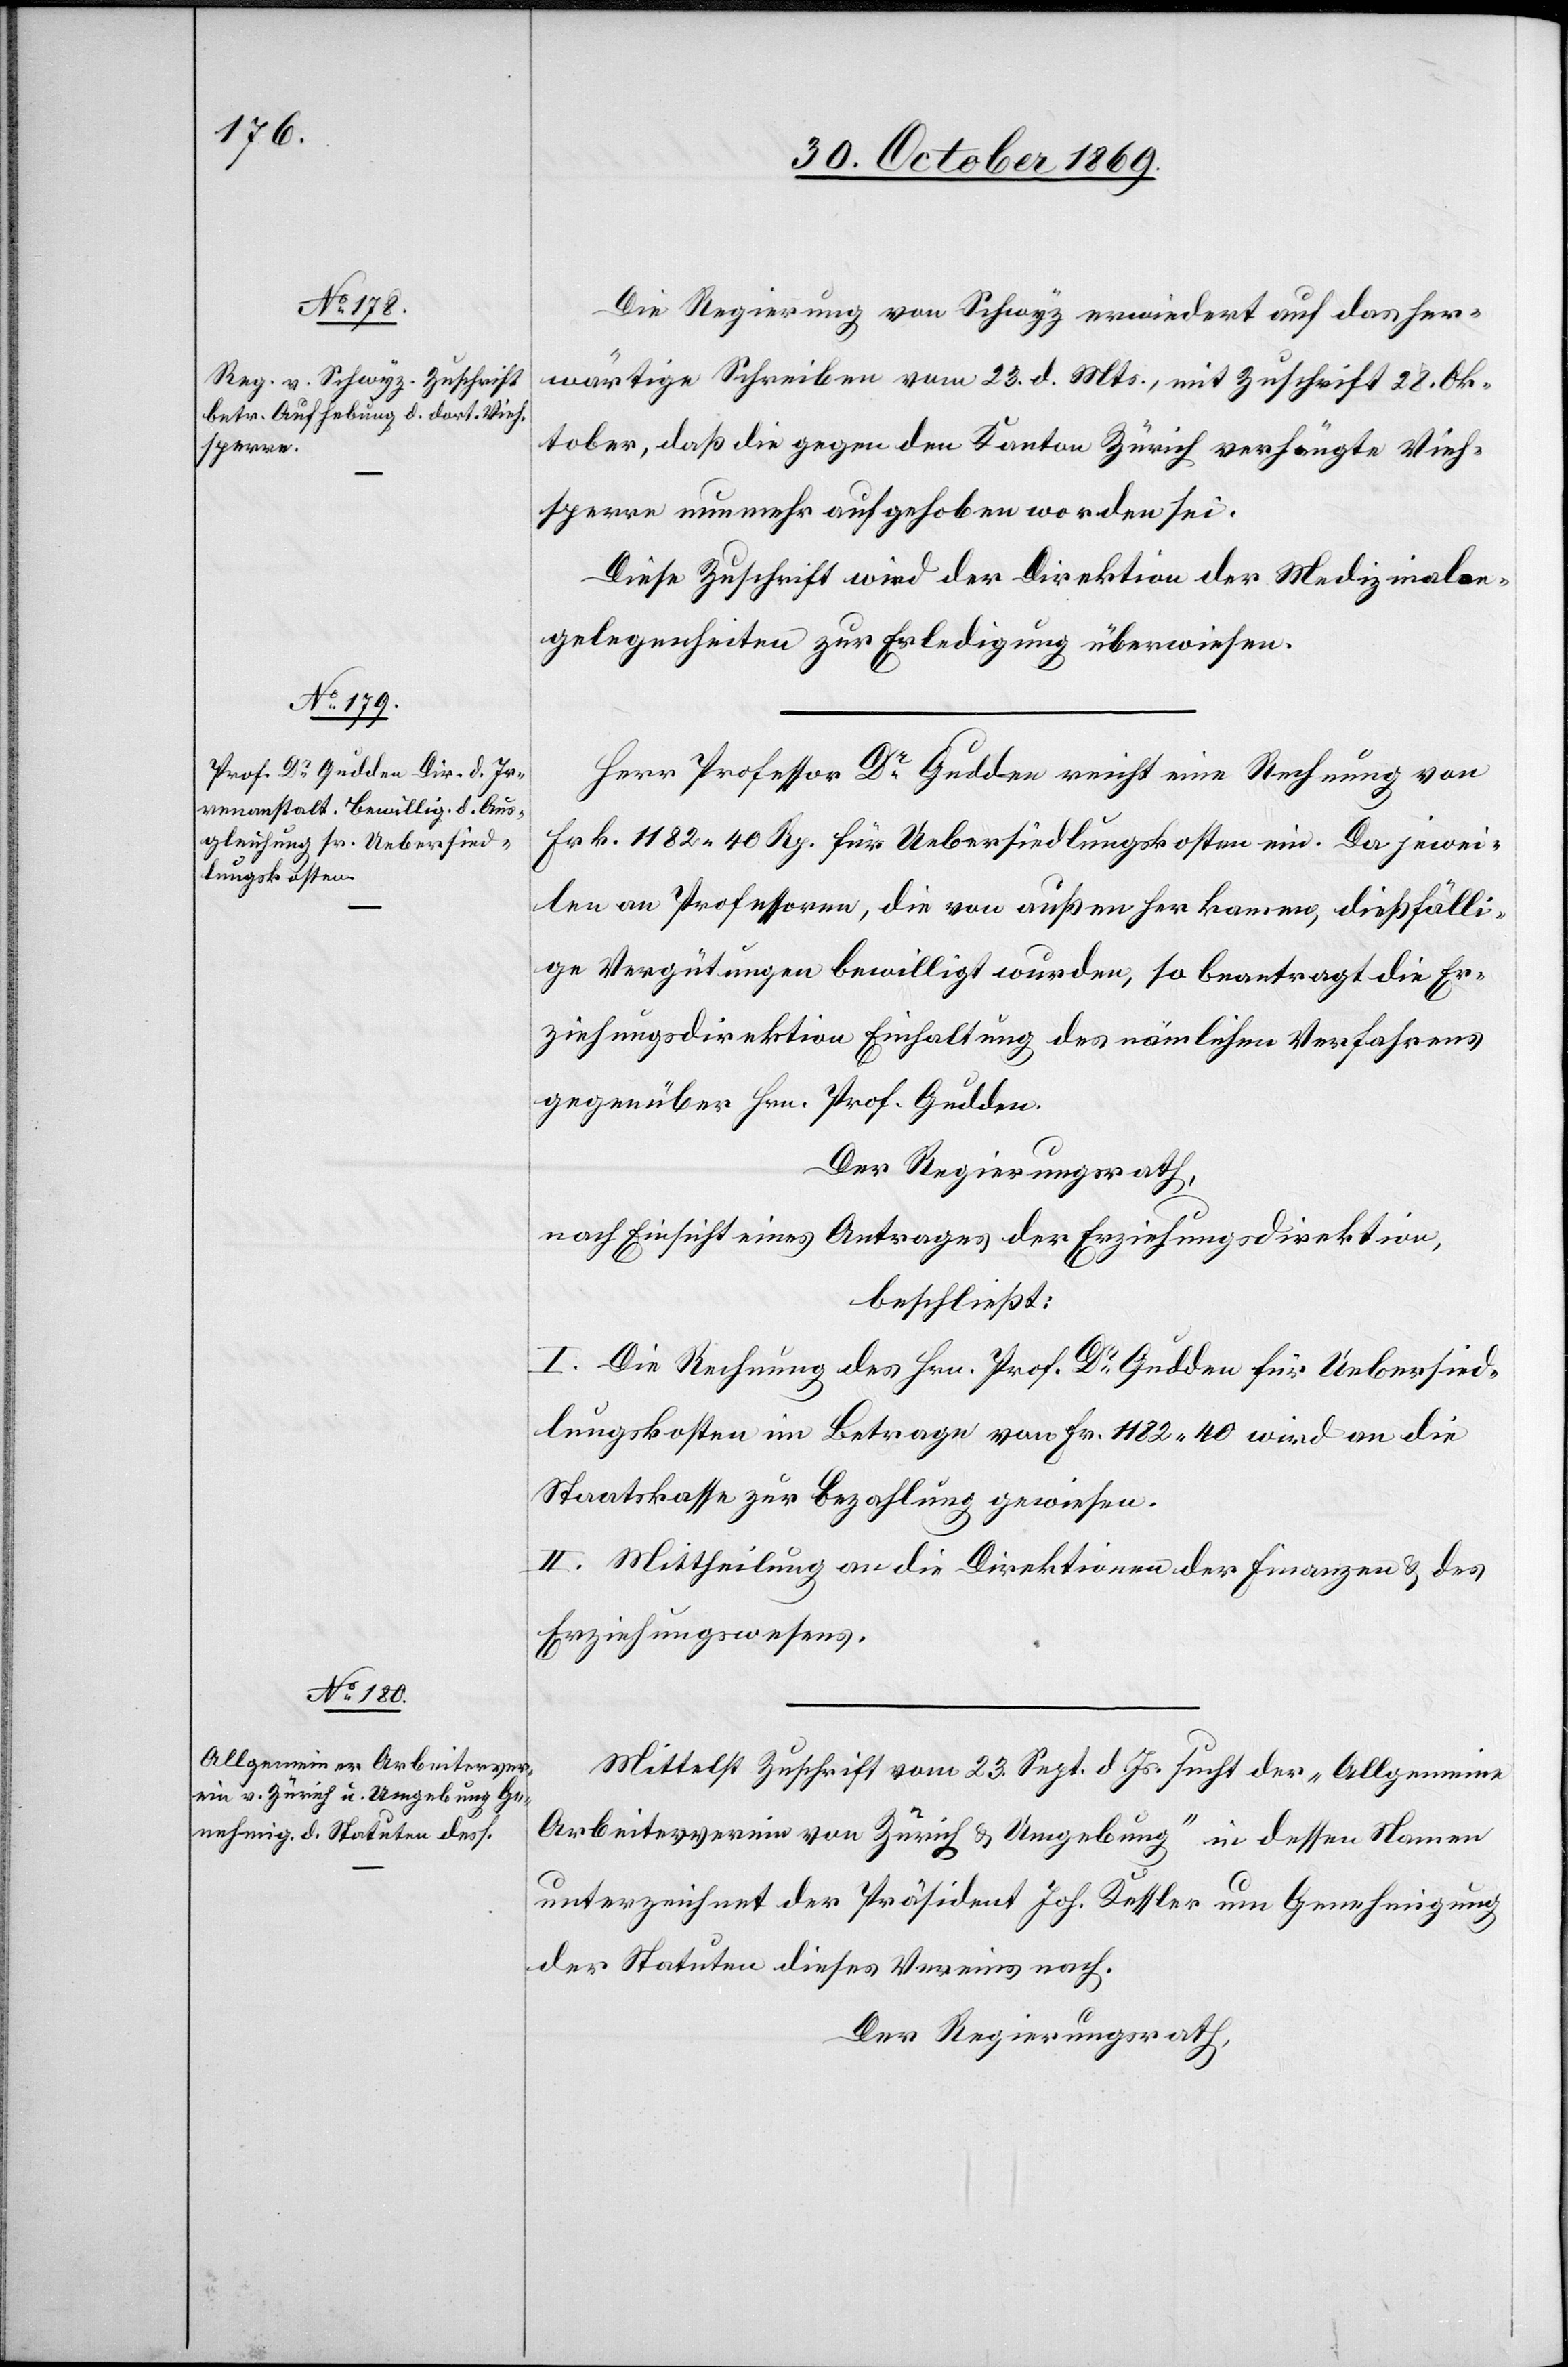
Die Regierung von Schwyz erwiedert auf das her¬
wärtige Schreiben vom 23. d. Mts., mit Zuschrift vom 28. Ok¬
tober, daß die gegen den Kanton Zürich verhängte Vieh¬
sperre nunmehr aufgehoben worden sei.
Diese Zuschrift wird der Direktion der Medizinalan¬
gelegenheiten zur Erledigung überwiesen.
Herr Professor Dr Gudden reicht eine Rechnung von
Frk. 1182 40 Rp. für Uebersiedlungskosten ein. Da jewei¬
len an Professoren, die von außen her kamen, dießfälli¬
ge Vergütungen bewilligt wurden, so beantragt die Er¬
ziehungsdirektion Einhaltung des nämlichen Verfahrens
gegenüber Hrn. Prof. Gudden.
Der Regierungsrath,
nach Einsicht eines Antrages der Erziehungsdirektion,
beschließt:
I. Die Rechnung des Hrn. Prof. Dr Gudden für Uebersied¬
lungskosten im Betrage von Fr. 1182.40 wird an die
Staatskasse zur Bezahlung gewiesen.
II. Mittheilung an die Direktionen der Finanzen & des
Erziehungswesens.
Mittelst Zuschrift vom 23. Sept. d. Js. sucht der „Allgemeine
Arbeiterverein von Zürich & Umgebung“ in dessen Namen
unterzeichnet der Präsident Joh. Kessler um Genehmigung
der Statuten dieses Vereins nach.
Der Regierungsrath,